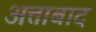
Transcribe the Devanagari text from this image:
अत्ताबाद